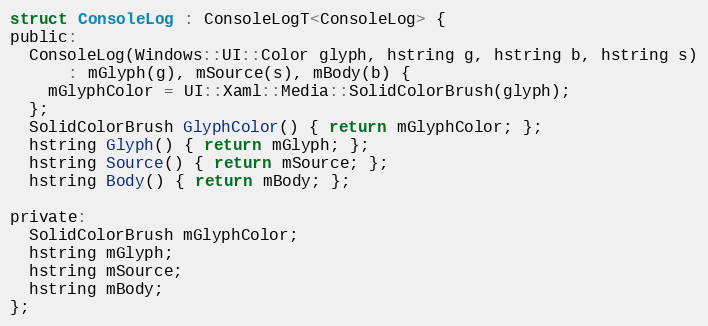
Language: C
struct ConsoleLog : ConsoleLogT<ConsoleLog> {
public:
  ConsoleLog(Windows::UI::Color glyph, hstring g, hstring b, hstring s)
      : mGlyph(g), mSource(s), mBody(b) {
    mGlyphColor = UI::Xaml::Media::SolidColorBrush(glyph);
  };
  SolidColorBrush GlyphColor() { return mGlyphColor; };
  hstring Glyph() { return mGlyph; };
  hstring Source() { return mSource; };
  hstring Body() { return mBody; };

private:
  SolidColorBrush mGlyphColor;
  hstring mGlyph;
  hstring mSource;
  hstring mBody;
};